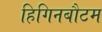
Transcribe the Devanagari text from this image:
हिगिनबौटम